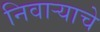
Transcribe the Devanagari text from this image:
निवाऱ्याचे